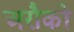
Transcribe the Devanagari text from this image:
अरौको